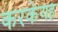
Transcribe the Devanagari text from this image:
करकेयह